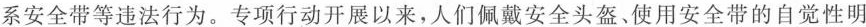
系安全带等违法行为。专项行动开展以来，人们佩戴安全头盔、使用安全带的自觉性明